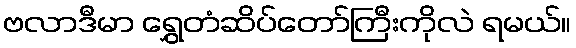
ဗလာဒီမာ ရွှေတံဆိပ်တော်ကြီးကိုလဲ ရမယ်။